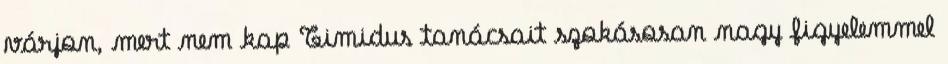
várjon, mert nem kap Timidus tanácsait szokásosan nagy figyelemmel